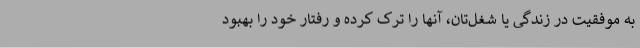
به موفقیت در زندگی یا شغل‌تان، آنها را ترک کرده و رفتار خود را بهبود